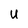
Character: u